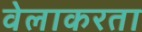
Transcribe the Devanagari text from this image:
वेलाकरता